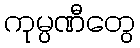
ကုမ္ပဏီတွေ